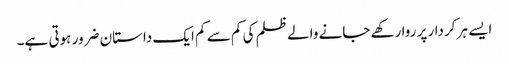
ایسے ہر کردار پر روا رکھے جانے والے ظلم کی کم سے کم ایک داستان ضرور ہوتی ہے۔